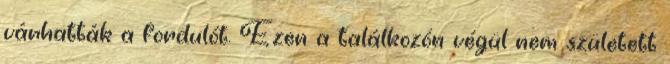
várhatták a fordulót. Ezen a találkozón végül nem született